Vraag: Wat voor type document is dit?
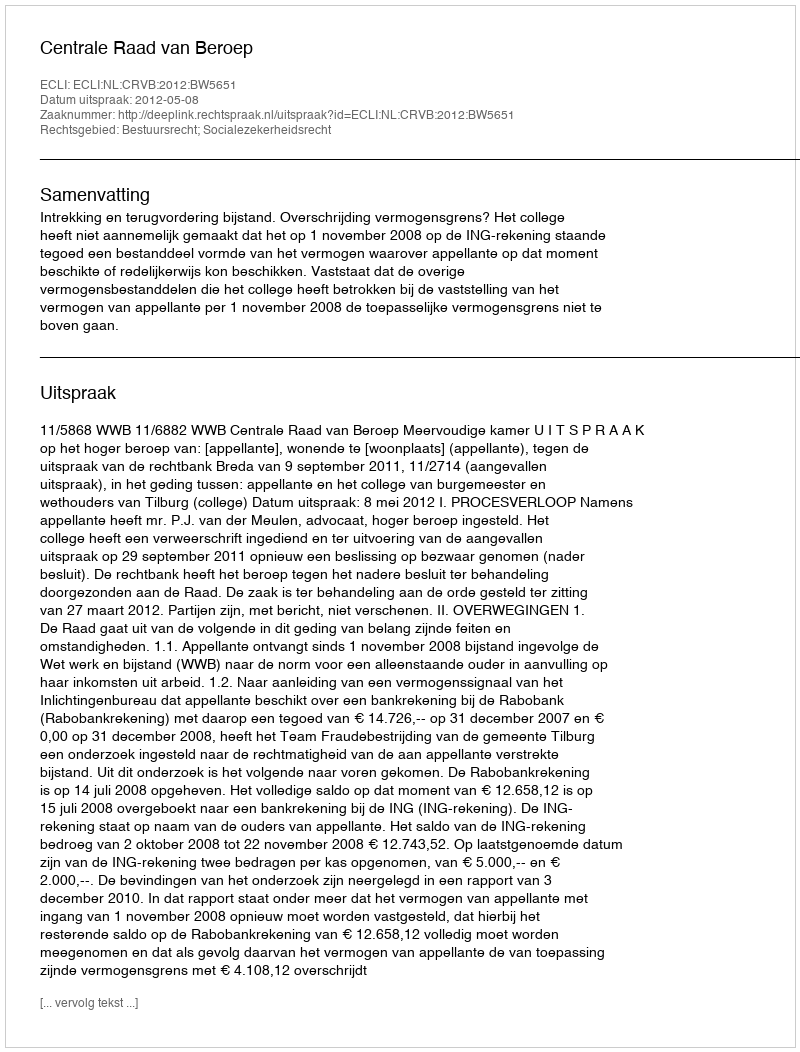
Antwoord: Uitspraak